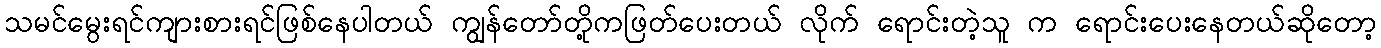
သမင်မွေးရင်ကျားစားရင်ဖြစ်နေပါတယ် ကျွန်တော်တို့ကဖြတ်ပေးတယ် လိုက် ရောင်းတဲ့သူ က ရောင်းပေးနေတယ်ဆိုတော့